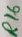
Text: R16